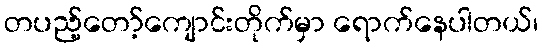
တပည့်တော့်ကျောင်းတိုက်မှာ ရောက်နေပါတယ်၊